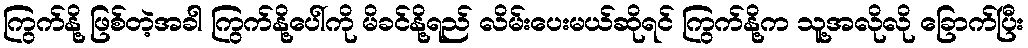
ကြွက်နို့ ဖြစ်တဲ့အခါ ကြွက်နို့ပေါ်ကို မိခင်နို့ရည် လိမ်းပေးမယ်ဆိုရင် ကြွက်နို့က သူ့အလိုလို ခြောက်ပြီး